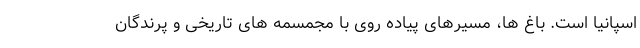
اسپانیا است. باغ ها، مسیرهای پیاده روی با مجمسمه های تاریخی و پرندگان